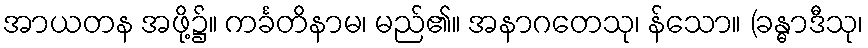
အာယတန အဖို့၌။ ကင်္ခတိနာမ၊ မည်၏။ အနာဂတေသု၊ န်သော။ (ခန္ဓာဒီသု၊